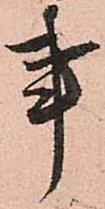
事